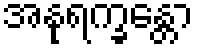
အနုရက္ခန္တော